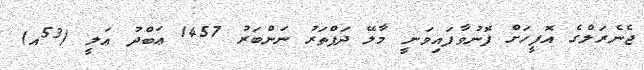
ޖެނެރަލްގެ އޮފީހަށް ފޮނުވާފައިވަނީ މާލޭ ދަފްތަރު ނަންބަރު 1457 ޢަބްދު ޢަލީ (53އ)